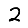
Digit: 2